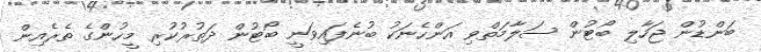
ބަންޑުން ޖަހާލި ބޯޓުން ސަލާމަތްވި އަންހެނަކު ބުނެފައިވަނީ ބޯޓުން ދަތުރުކުރި މީހުންގެ ތެރެއިން